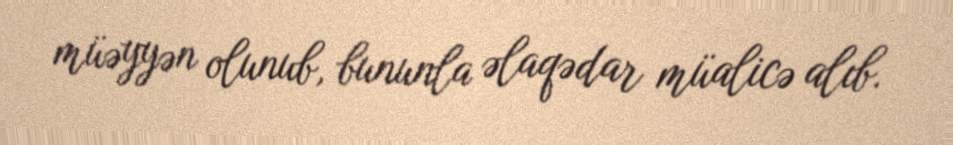
müəyyən olunub, bununla əlaqədar müalicə alıb.